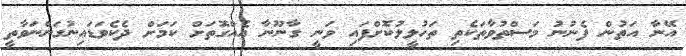
އޭނާ އަތުން ފެނުނު މަސްތުވާތަކެތި ތަހުލީލުކޮށްފައި ވަނީ ގާނޫނާ އެއްގޮތަށް ކަމަށް ދެކެވަޑައިނުގަންނަވާތީ